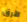
الأرق